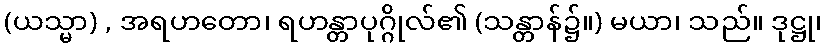
(ယသ္မာ) , အရဟတော၊ ရဟန္တာပုဂ္ဂိုလ်၏ (သန္တာန်၌။) မယာ၊ သည်။ ဒုဋ္ဌု၊